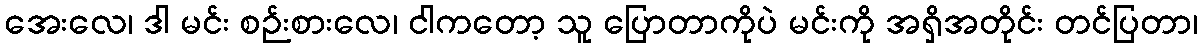
အေးလေ၊ ဒါ မင်း စဉ်းစားလေ၊ ငါကတော့ သူ ပြောတာကိုပဲ မင်းကို အရှိအတိုင်း တင်ပြတာ၊